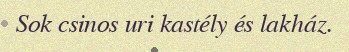
Sok csinos uri kastély és lakház.